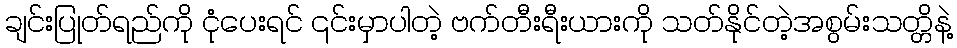
ချင်းပြုတ်ရည်ကို ငုံပေးရင် ၎င်းမှာပါတဲ့ ဗက်တီးရီးယားကို သတ်နိုင်တဲ့အစွမ်းသတ္တိနဲ့